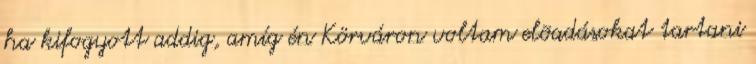
ha kifogyott addig, amíg én Körváron voltam elõadásokat tartani